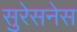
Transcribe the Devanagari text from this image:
सुरेसनेस